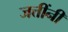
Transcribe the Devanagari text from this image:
जत्तींनी